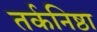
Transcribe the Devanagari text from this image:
तर्कनिष्ठा